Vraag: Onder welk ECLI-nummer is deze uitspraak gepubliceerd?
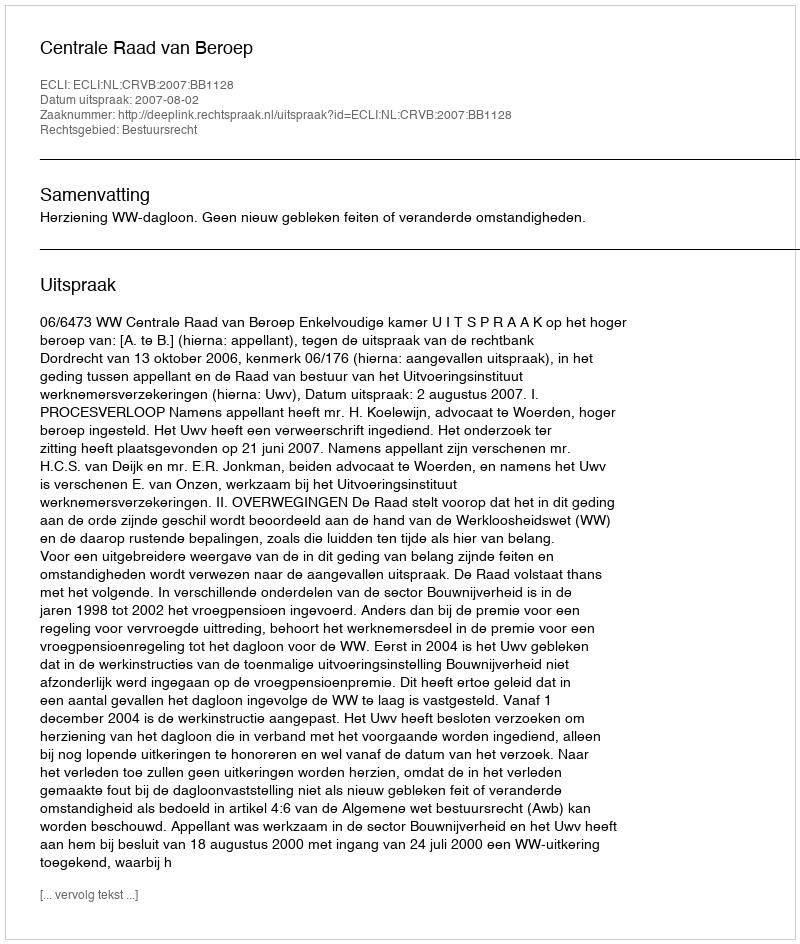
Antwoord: ECLI:NL:CRVB:2007:BB1128